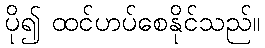
ပို၍ ထင်ဟပ်စေနိုင်သည်။